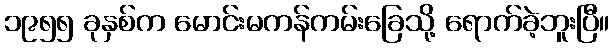
၁၉၅၅ ခုနှစ်က မောင်းမကန်ကမ်းခြေသို့ ရောက်ခဲ့ဘူးပြီ။